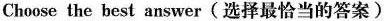
Choose the best answer(选择最恰当的答案)